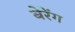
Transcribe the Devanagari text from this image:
बेरेंग